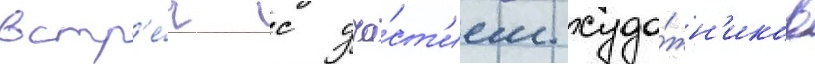
встр'е́ч с уча́ст'ием худо́жн'иков